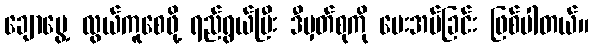
ချောမွေ့ လွယ်ကူစေဖို့ ရည်ရွယ်ပြီး ဒီမှတ်စုကို ပေးအပ်ခြင်း ဖြစ်ပါတယ်။